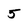
Character: 5